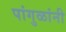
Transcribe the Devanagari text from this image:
पांगुळांनी